Scientific memoirs by medical officers of the Army of India - Part VI,
Year: 1891
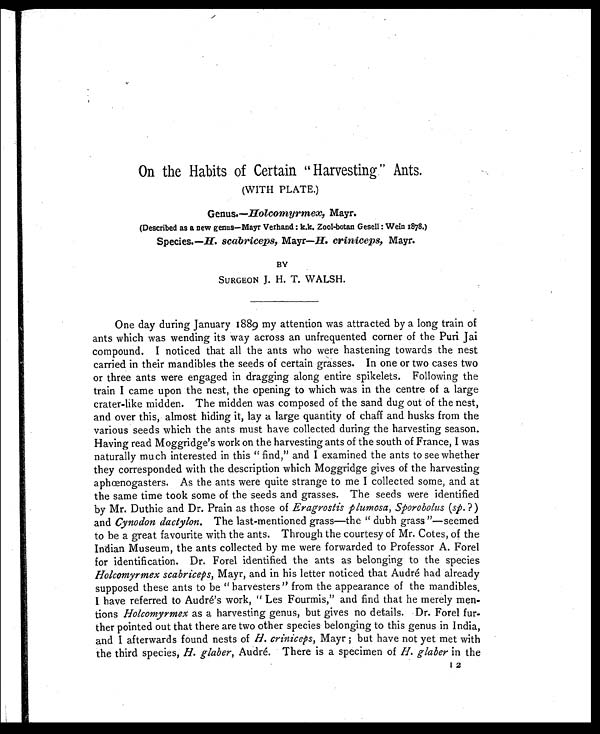
On the Habits of Certain " Harvesting." Ants.
(WITH PLATE.)
Genus.—Holcomyrmex, Mayr.
(Described as a new genus—Mayr Verhand k.k. Zool-botan Gesell : Wein 1878.)
Species.—H. scabriceps, Mayr—H. criniceps, Mayr.
BY
SURGEON J. H. T. WALSH.
One day during January 1889 my attention was attracted by a long train of
ants which was wending its way across an unfrequented corner of the Puri Jai
compound. I noticed that all the ants who were hastening towards the nest
carried in their mandibles the seeds of certain grasses. In one or two cases two
or three ants were engaged in dragging along entire spikelets. Following the
train I came upon the nest, the opening to which was in the centre of a large
crater-like midden. The midden was composed of the sand dug out of the nest,
and over this, almost hiding it, lay a large quantity of chaff and husks from the
various seeds which the ants must have collected during the harvesting season.
Having read Moggridge's work on the harvesting ants of the south of France, I was
naturally much interested in this " find," and I examined the ants to see whether
they corresponded with the description which Moggridge gives of the harvesting
aphœnogasters. As the ants were quite strange to me I collected some, and at
the same time took some of the seeds and grasses. The seeds were identified
by Mr. Duthie and Dr. Prain as those of Eragrostis plumosa, Sporobolus (sp.?)
and Cynodon dactylon. The last-mentioned grass—the " dubh grass "—seemed
to be a great favourite with the ants. Through the courtesy of Mr. Cotes, of the
Indian Museum, the ants collected by me were forwarded to Professor A. Forel
for identification. Dr. Forel identified the ants as belonging to the species
Holcomyrmex scabriceps, Mayr, and in his letter noticed that Audré had already
supposed these ants to be " harvesters " from the appearance of the mandibles
I have referred to Audré's work, " Les Fourmis," and find that he merely men
tions Holcomyrmex as a harvesting genus, but gives no details. Dr. Forel fur-
ther pointed out that there are two other species belonging to this genus in India,
and I afterwards found nests of H. criniceps , Mayr ; but have not yet met with
the third species, H. glaber,Audré. There is a specimen of H. glaber in the